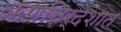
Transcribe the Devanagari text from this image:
ऋणनिर्देशात